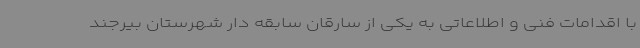
با اقدامات فنی و اطلاعاتی به یکی از سارقان سابقه دار شهرستان بیرجند